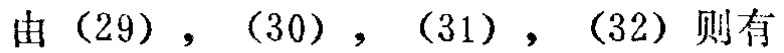
由\((29)\)，\((30)\)，\((31)\)，\((32)\)则有